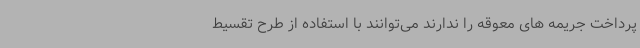
پرداخت جریمه های معوقه را ندارند می‌توانند با استفاده از طرح تقسیط